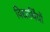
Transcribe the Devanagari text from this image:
विद्यार्थिंयों